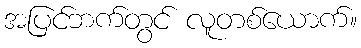
အပြင်ဘက်တွင် လူတစ်ယောက်။